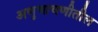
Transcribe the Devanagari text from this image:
अणुचाचणीतील